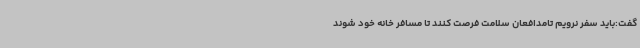
گفت:باید سفر نرویم تامدافعان سلامت فرصت کنند تا مسافر خانه خود شوند